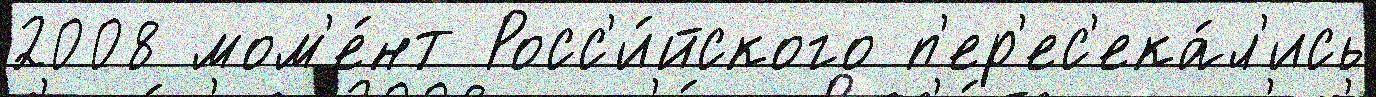
2008 мом'е́нт Росс'и́йского п'ер'ес'ека́л'ись